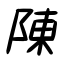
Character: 陳